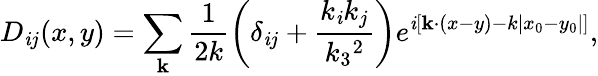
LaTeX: D_{\mathit{i}j}(x,y)=\sum_{\mathbf{k}}\frac{{1}}{{2k}}\left(\delta_{\mathit{i}j}+\frac{{k_{\mathit{i}}k_{j}}}{{k_{3}{}^{2}}}\right)e^{\mathit{i}\left[{\mathbf{k}\cdot(x-y)}-k|x_{0}-y_{0}|\right]},